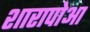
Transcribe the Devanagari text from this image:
शारापोआ